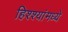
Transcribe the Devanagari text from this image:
हिश्श्यांमध्ये